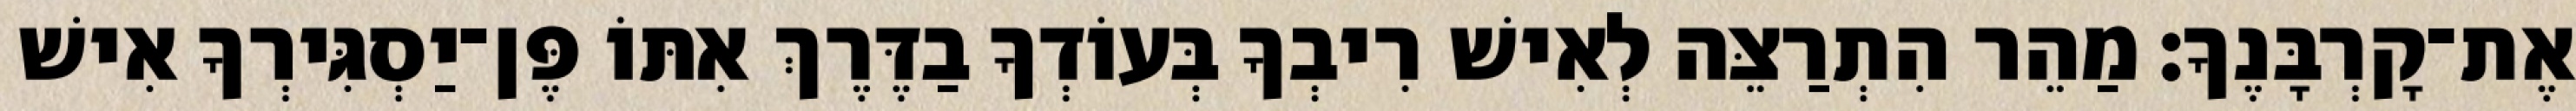
אֶת־קָרְבָּנֶךָ׃ מַהֵר הִתְרַצֵּה לְאִישׁ רִיבְךָ בְּעוֹדְךָ בַדֶּרֶךְ אִתּוֹ פֶּן־יַסְגִּירְךָ אִישׁ